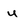
Character: U